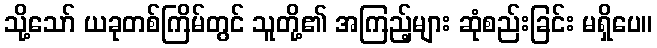
သို့သော် ယခုတစ်ကြိမ်တွင် သူတို့၏ အကြည့်များ ဆုံစည်းခြင်း မရှိပေ။